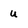
Character: u